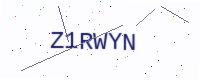
Text: Z1RWYN